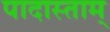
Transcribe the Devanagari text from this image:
पादास्ताम्